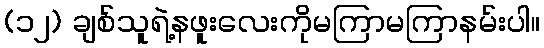
(၁၂) ချစ်သူရဲ့နဖူးလေးကိုမကြာမကြာနမ်းပါ။